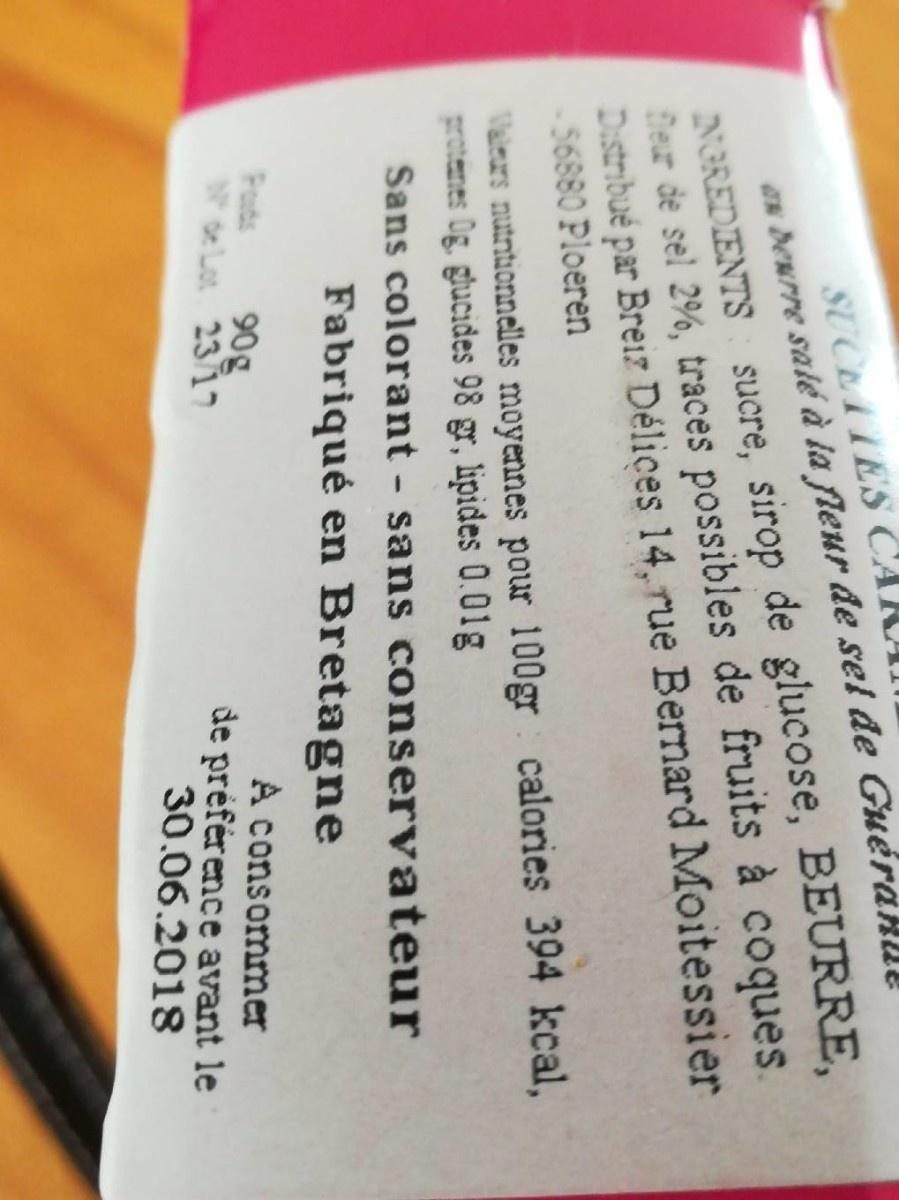
SUCLATES CAI ax deurre salé à la fleur de sel de GuéraHU!
NGREDIENTS: sucre, sirop de glucose, BEURRE, Der de sel 2%, traces possibles de fruits à coques Distribué par Breiz Délices 14, rue Bernard Moitessier 56880 Ploeren
Vans nutntionnelles moyennes pour 100gr calories 394 kcal, protenes Og. ghucides 98 gr, lipides 0.01g Sans colorant sans conservateur
Fabriqué en Bretagne
Pouds
90g de Lot 23/17
A consommer de préférence avant le 30.06.2018